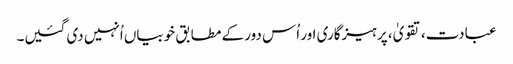
عبادت، تقویٰ، پرہیزگاری اور اُس دور کے مطابق خوبیاں اُنہیں دی گئیں۔